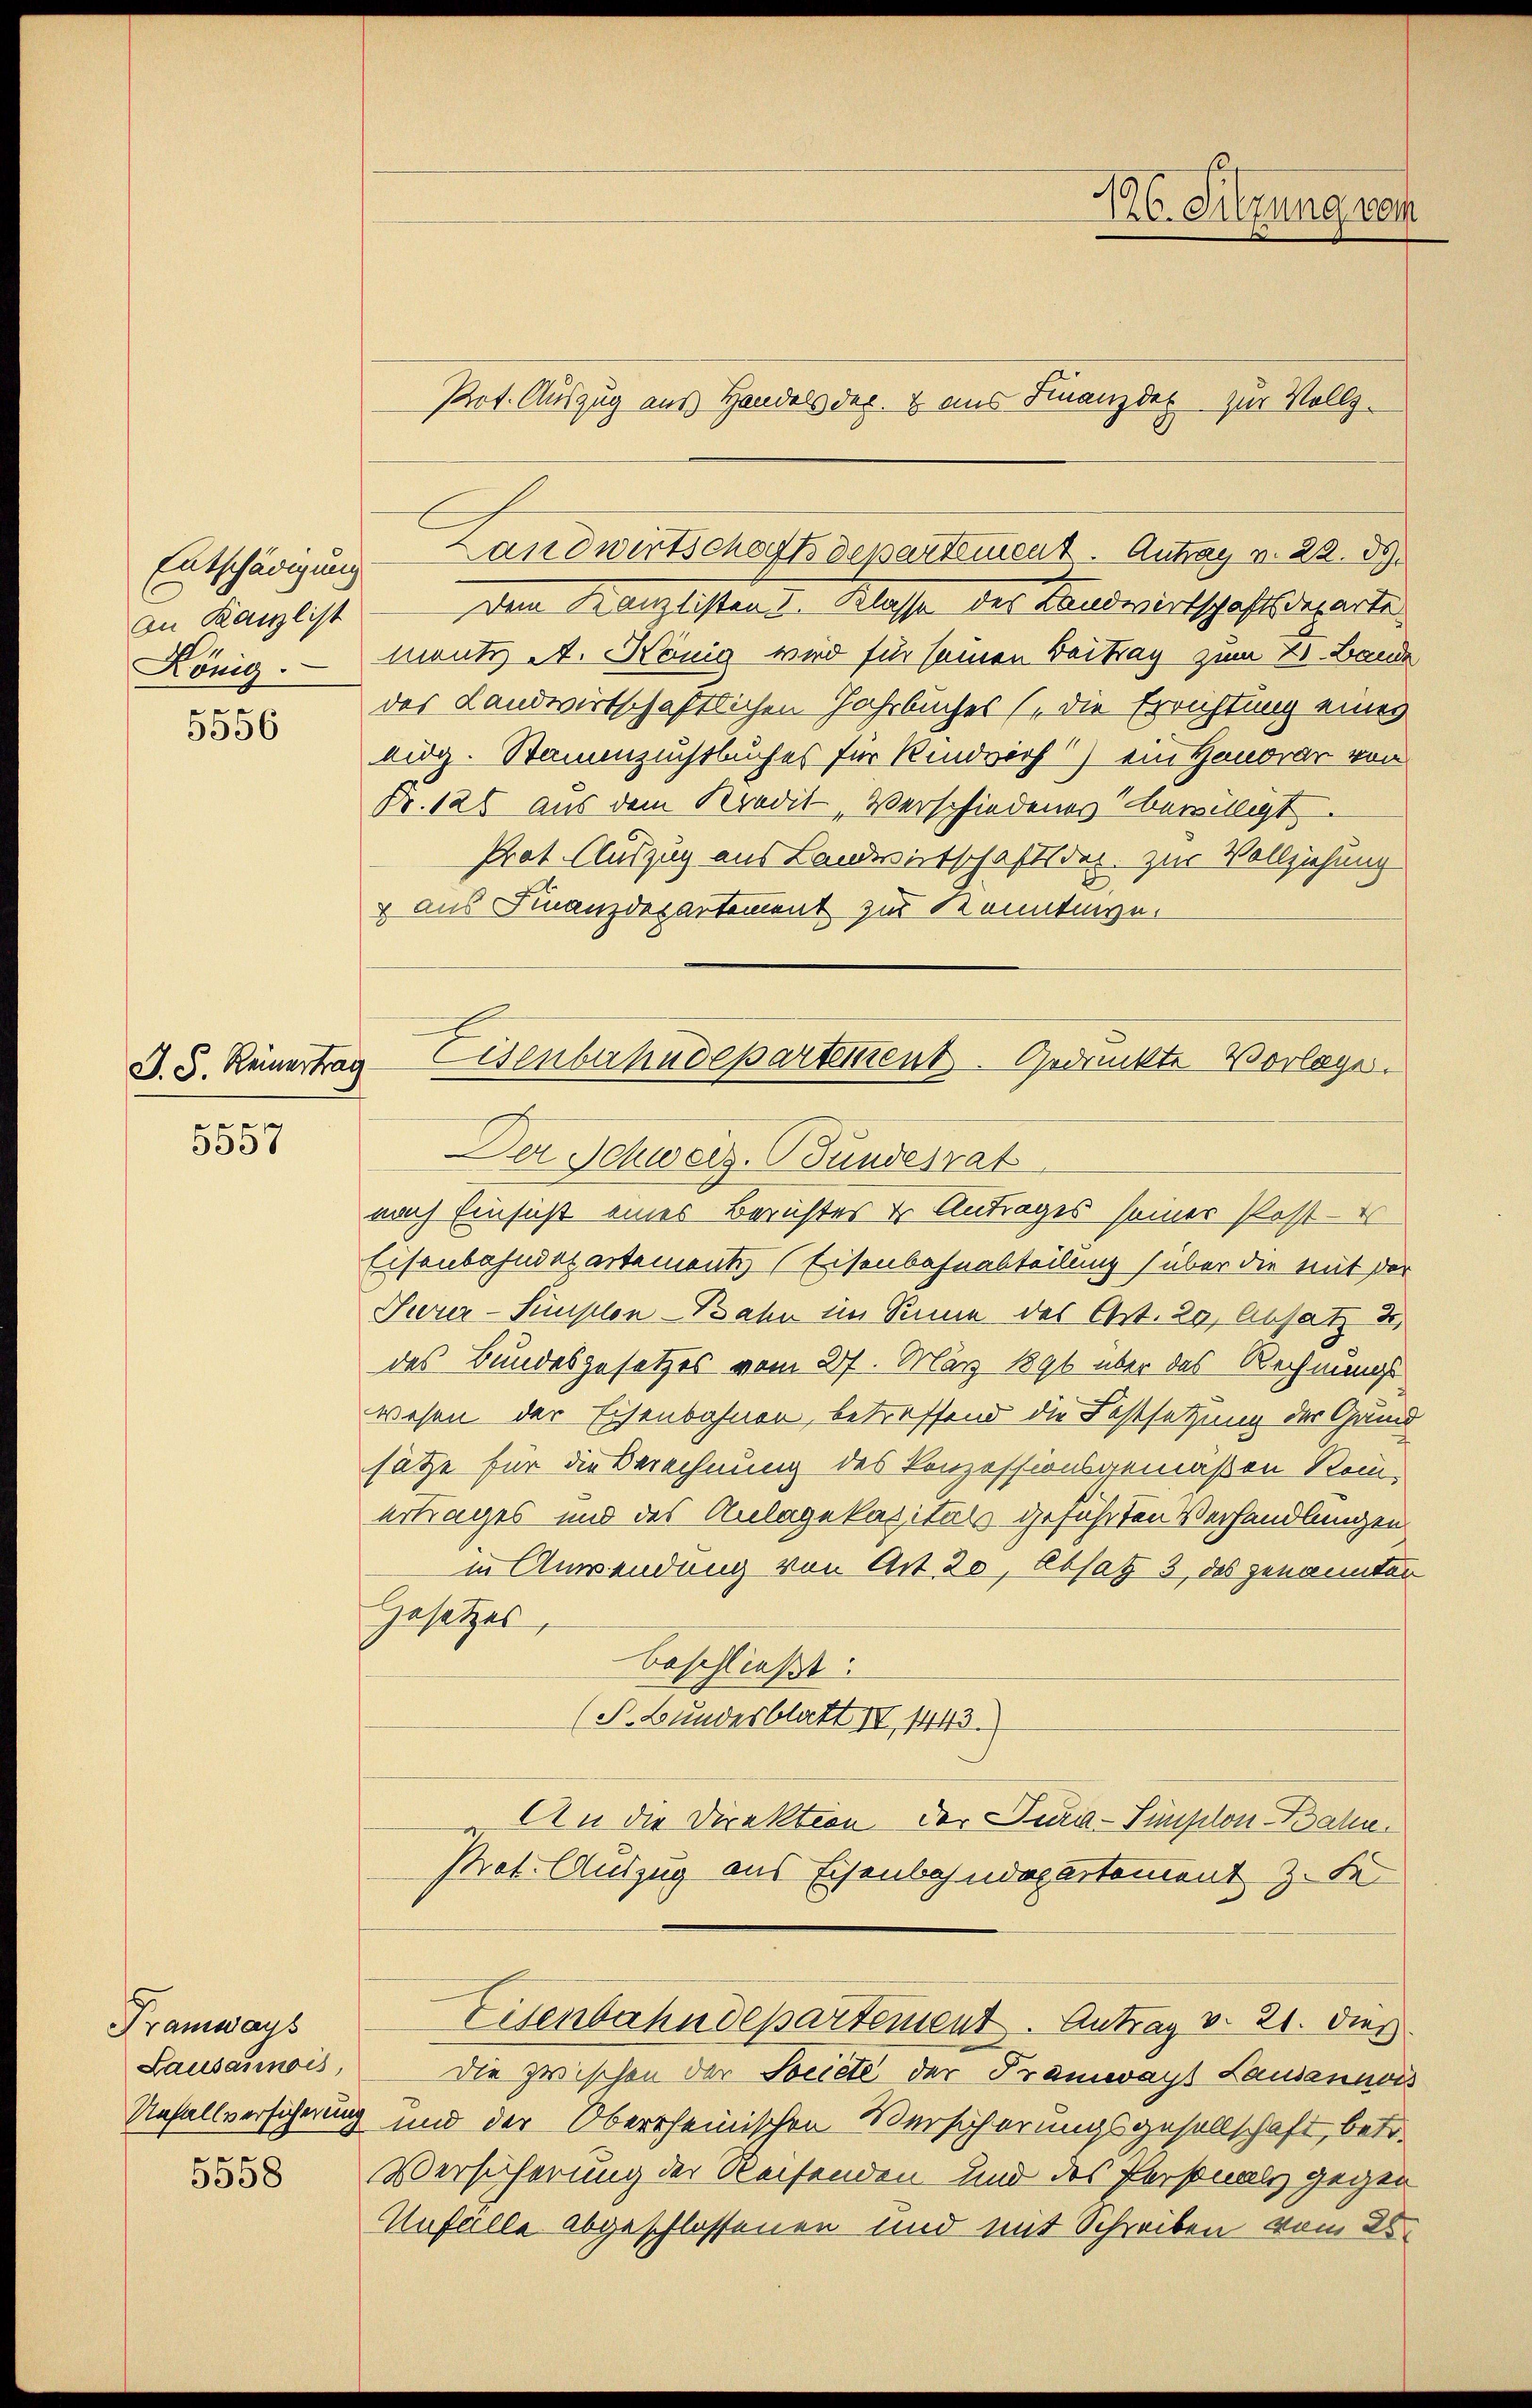
Entschädigung
An Kanzlist

5556

J. S. Reinertra

5557

Tramways
Lausannois,
5558

dem Kanzlistend. Klasse der Landwirtschaftsdeparte
König. Mante A. König wird für seinen Beitrag zum 21. Bande
des Landwirtschaftlichen Jahrbuches (die Errichtung eines
lig. Stammzuchtbuches für Rindvirf) ein Honorar von
Fr. 120 aus dem Kredit Verschiedenes bewilligt.
Prot. Auszug aus Landwirtschaftsdec. zur Vollziehung
 aus Finanzdepartement zur Konntenge.

Landwirtschaft departement. Antrag v. 22. ds.

Eisenbahndepartement Gedrückte Vorlage.
i
Der Schweiz. Bundesrat

nach Einsicht eines Berichtes u Antrages seiner Post-
Eisenbahndepartements (Eisenbahnabteilung über die mit der
Surer-Sunsten - Bahn im Sinne des Art. 29, Absatz u.
des Bundesgesetzes vom 27. März 1891 über das Rechnungs
wesen der Eisenbahnen, betreffend die Festsetzung der Gan
sätze für die Berechnung des Konzessionsgemäßen Romertrages und des Anlagekasitäts geführten Verhandlungen
in Anwendung von Art. 20, Absatz 3, des genannte
Gesetzes,
beschließt:
(S. Bundesblatt II, 1443.
An die Direktion der Jura-Simplon Bahn.
Pat. Auszug aus Eisenbahndepartement z. Fe
Eisenbahndepartement. Antrag v. 21. Dies
Die zwischen der Societe der Tramwayt Lausannois
Unfallversicherung und der Oberscheinischen Versicherungsgesellschaft, betr.
Versicherung der Reisenden und des Personals gegen
Unfälle abgeschlossenen und mit Schreiben vom 28.

126. Sitzung vom
Pot. Auszug aus Handels der & aus Finanzder zur Voll¬